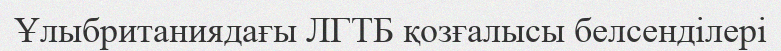
Ұлыбританиядағы ЛГТБ қозғалысы белсенділері